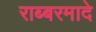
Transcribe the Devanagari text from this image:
राब्बरमादे